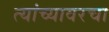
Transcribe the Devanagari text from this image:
त्यांच्यावरचा